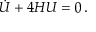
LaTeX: \dot { \cal U } + 4 H { \cal U } = 0 \, .